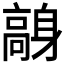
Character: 𩫙